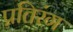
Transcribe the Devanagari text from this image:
प्रतिरंग